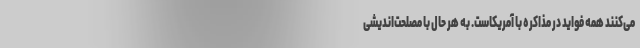
می‌کنند همه فواید در مذاکره با آمریکاست. به هر حال با مصلحت‌اندیشی